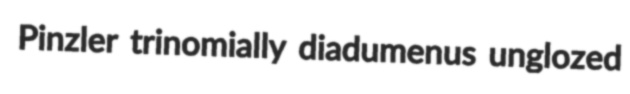
Pinzler trinomially diadumenus unglozed